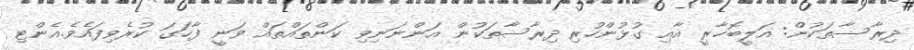
ދިރާސާތަކުން: އަލީބޮޚާރީ އާއި ގުޅުންހުރި ދިރާސާތަކުން އަންނަނިވި ކަންތައްތައް ވަނީ ފާހަގަ ކުރެވިފައެވެ.އެންޓި